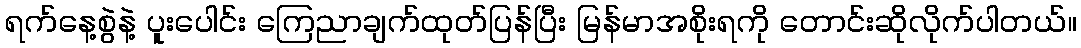
ရက်နေ့စွဲနဲ့ ပူးပေါင်း ကြေညာချက်ထုတ်ပြန်ပြီး မြန်မာအစိုးရကို တောင်းဆိုလိုက်ပါတယ်။